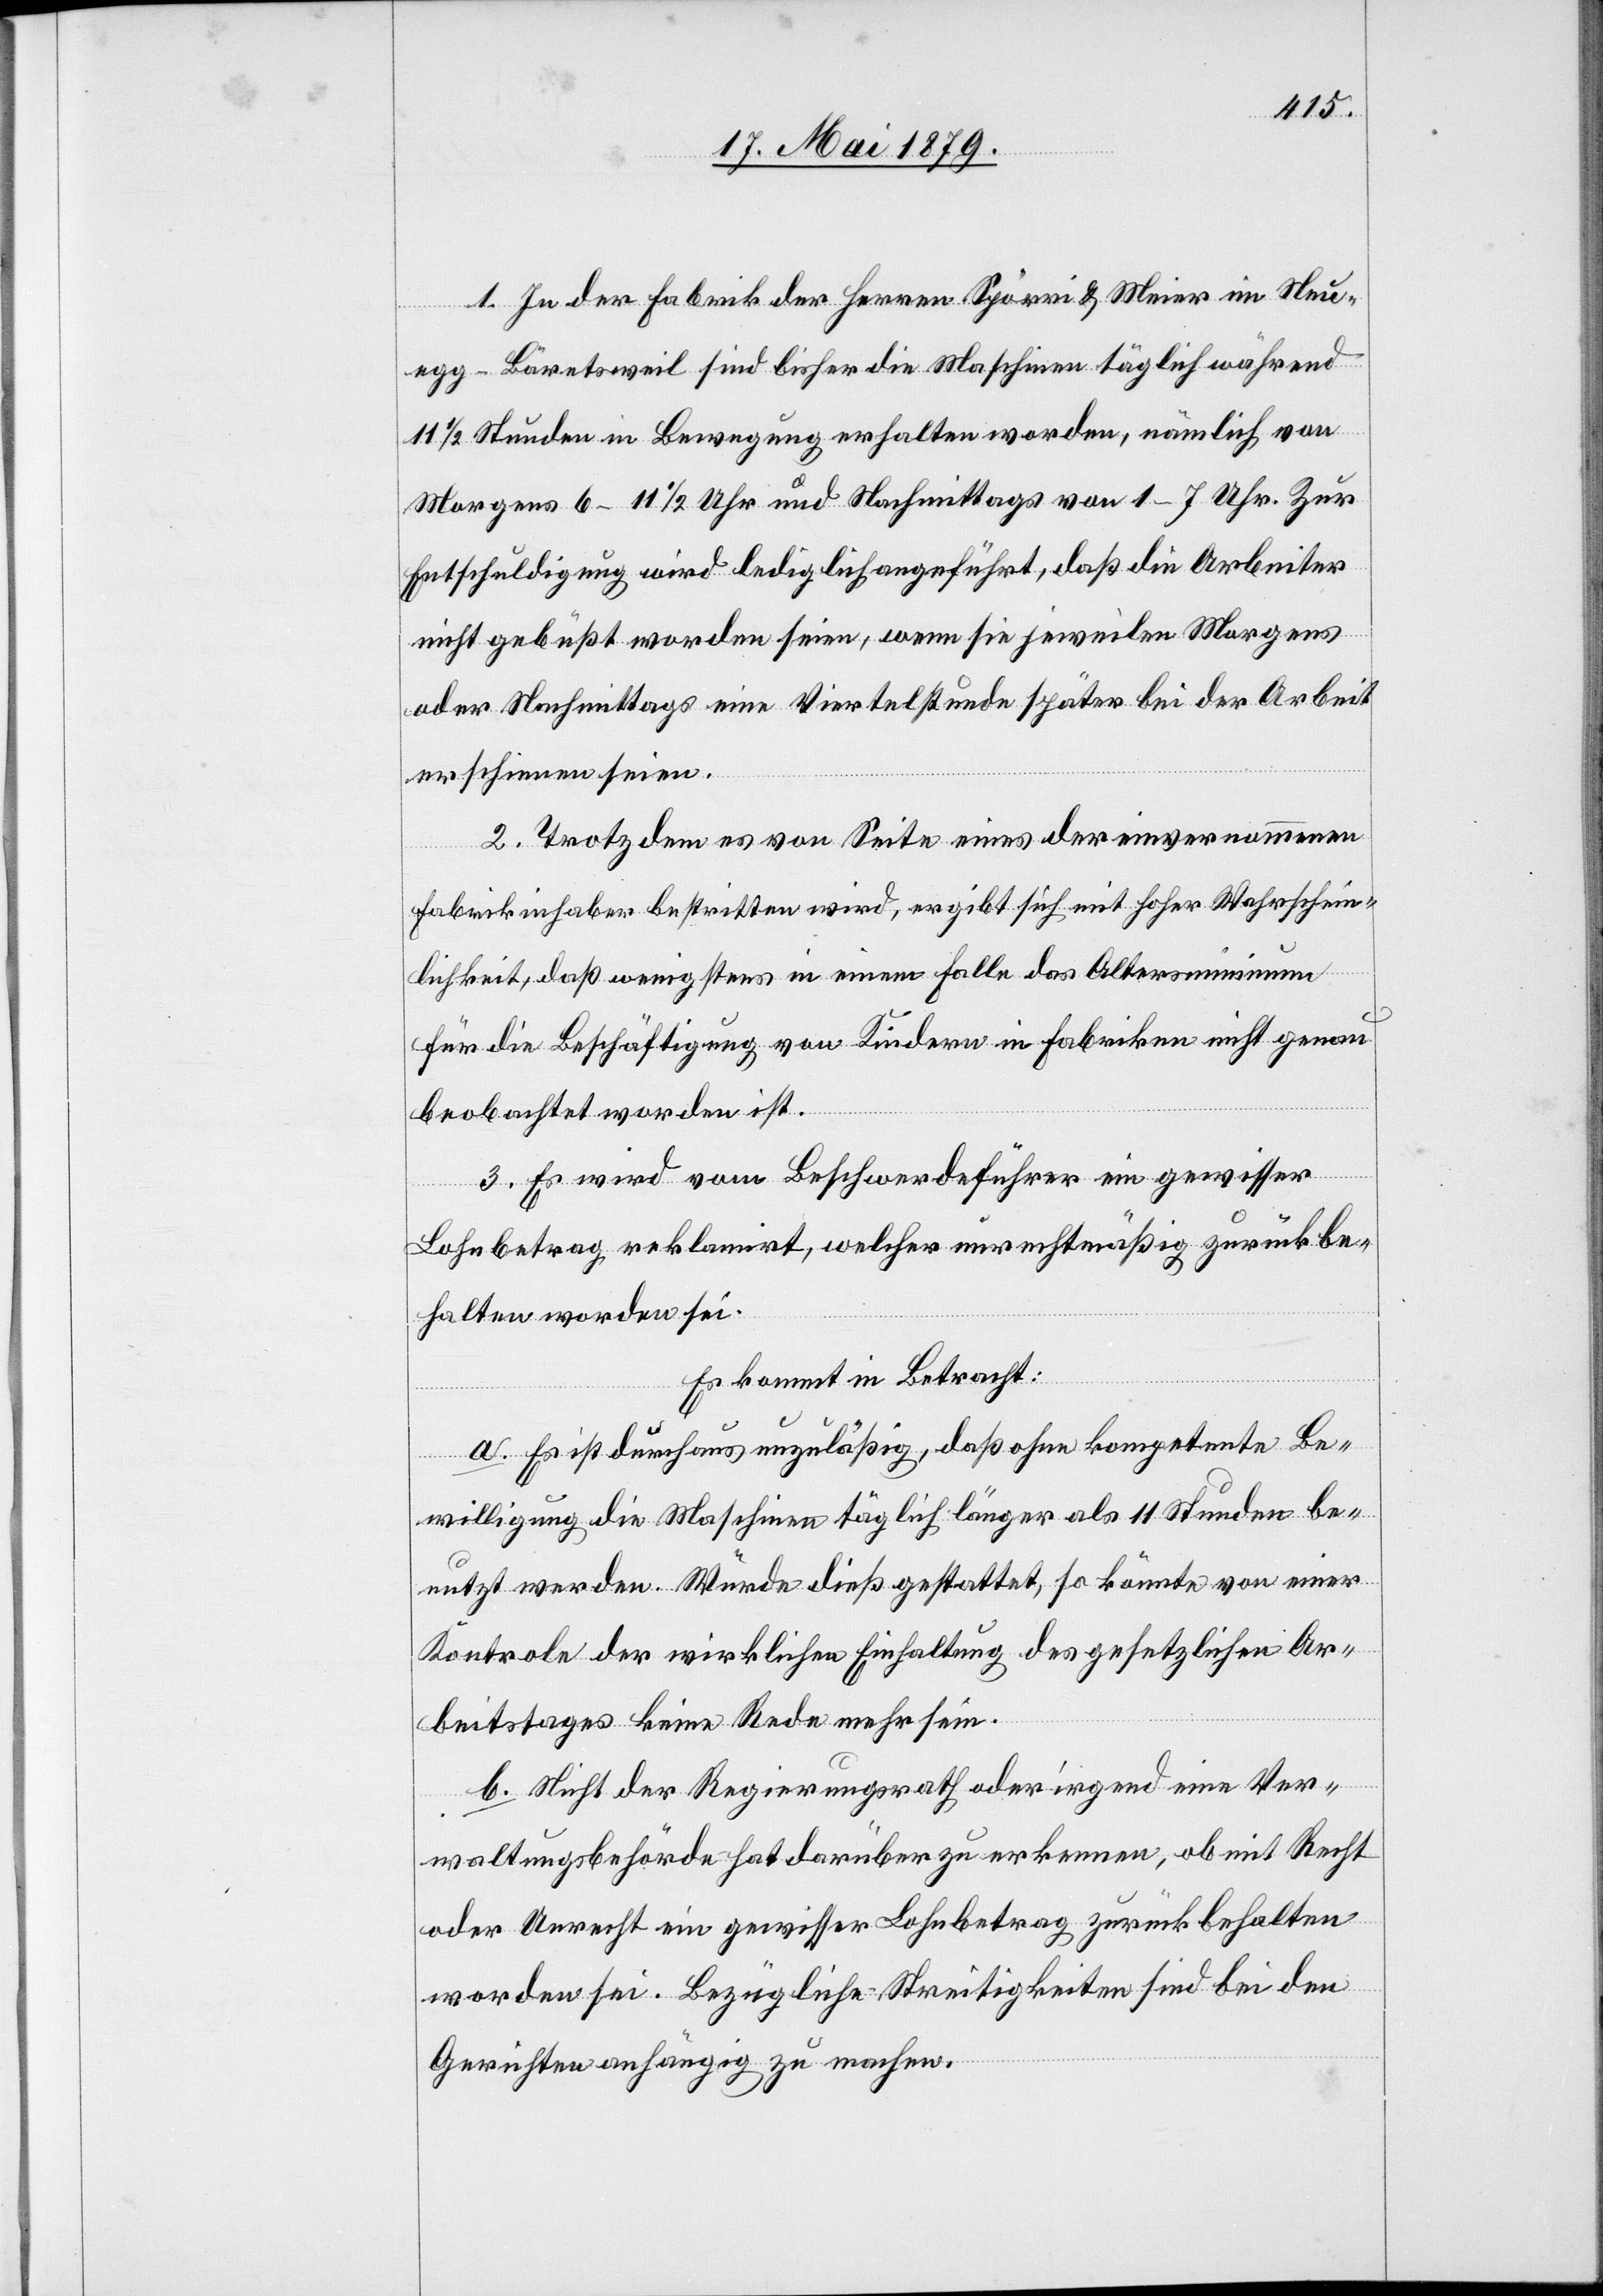
1. In der Fabrik der Herren Spörri & Meier im Neu¬
egg - Bäretsweil sind bisher die Maschinen täglich während
11 1/2 Stunden in Bewegung erhalten worden, nämlich von
Morgens 6–11 1/2 Uhr und Nachmittags von 1–7 Uhr. Zur
Entschuldigung wird lediglich angeführt, daß die Arbeiter
nicht gebüßt worden seien, wenn sie jeweilen Morgens
oder Nachmittags eine Viertelstunde später bei der Arbeit
erschienen seien.
2. Trotzdem es von Seite eines der einvernommenen
Fabrikinhaber bestritten wird, ergibt sich mit hoher Wahrschein¬
lichkeit, daß wenigstens in einem Falle das Altersminimum
für die Beschäftigung von Kindern in Fabriken nicht genau
beobachtet worden ist.
3. Es wird vom Beschwerdeführer ein gewisser
Lohnbetrag reklamirt, welcher unrechtmäßig zurückbe¬
halten worden sei.
Es kommt in Betracht:
a. Es ist durchaus unzuläßig, daß ohne kompetente Be¬
willigung die Maschinen täglich länger als 11 Stunden be¬
nutzt werden. Würde dieß gestattet, so könnte von einer
Kontrole der wirklichen Einhaltung des gesetzlichen Ar¬
beitstages keine Rede mehr sein.
b. Nicht der Regierungsrath oder irgend eine Ver¬
waltungsbehörde hat darüber zu erkennen, ob mit Recht
oder Unrecht ein gewisser Lohnbetrag zurückbehalten
worden sei. Bezügliche Streitigkeiten sind bei den
Gerichten anhängig zu machen.